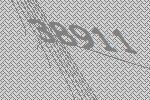
38911